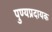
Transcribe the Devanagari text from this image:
पुण्यप्रदायक